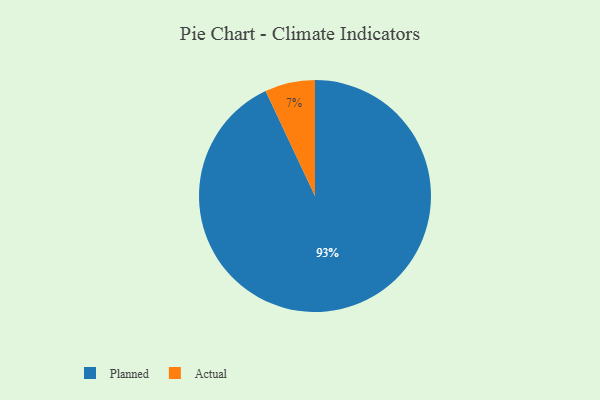
{"axis": {"x": "Category", "y": "Percentage"}, "legend": ["Actual", "Planned"], "data": [{"x": "Actual", "y": 7, "type": "Actual"}, {"x": "Planned", "y": 93, "type": "Planned"}]}